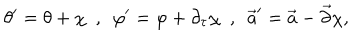
LaTeX: \theta ^ { \prime } = \theta + \chi \ \ , \ \ \varphi ^ { \prime } = \varphi + \partial _ { \tau } \chi \ \ , \ \ \vec { a } ^ { \prime } = \vec { a } - \vec { \partial } \chi ,